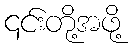
၎င်းတို့အဖို့